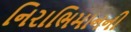
નિરાભિમાનની